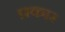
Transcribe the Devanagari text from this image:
प्रकार